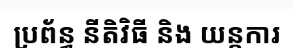
ប្រព័ន្ធ នីតិវិធី និង យន្តការ